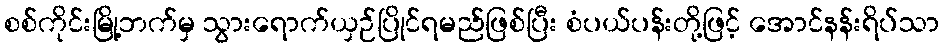
စစ်ကိုင်းမြို့ဘက်မှ သွားရောက်ယှဉ်ပြိုင်ရမည်ဖြစ်ပြီး စံပယ်ပန်းတို့ဖြင့် အောင်နန်းရိပ်သာ